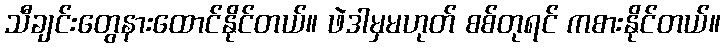
သီချင်းတွေနားထောင်နိုင်တယ်။ ဖဲဒါမှမဟုတ် စစ်တုရင် ကစားနိုင်တယ်။